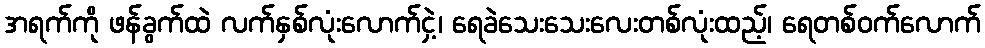
အရက်ကို ဖန်ခွက်ထဲ လက်နှစ်လုံးလောက်ငှဲ့၊ ရေခဲသေးသေးလေးတစ်လုံးထည့်၊ ရေတစ်ဝက်လောက်